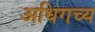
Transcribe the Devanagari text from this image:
अधिगच्य